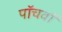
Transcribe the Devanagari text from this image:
पाॅचवाॅ